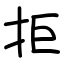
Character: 拒